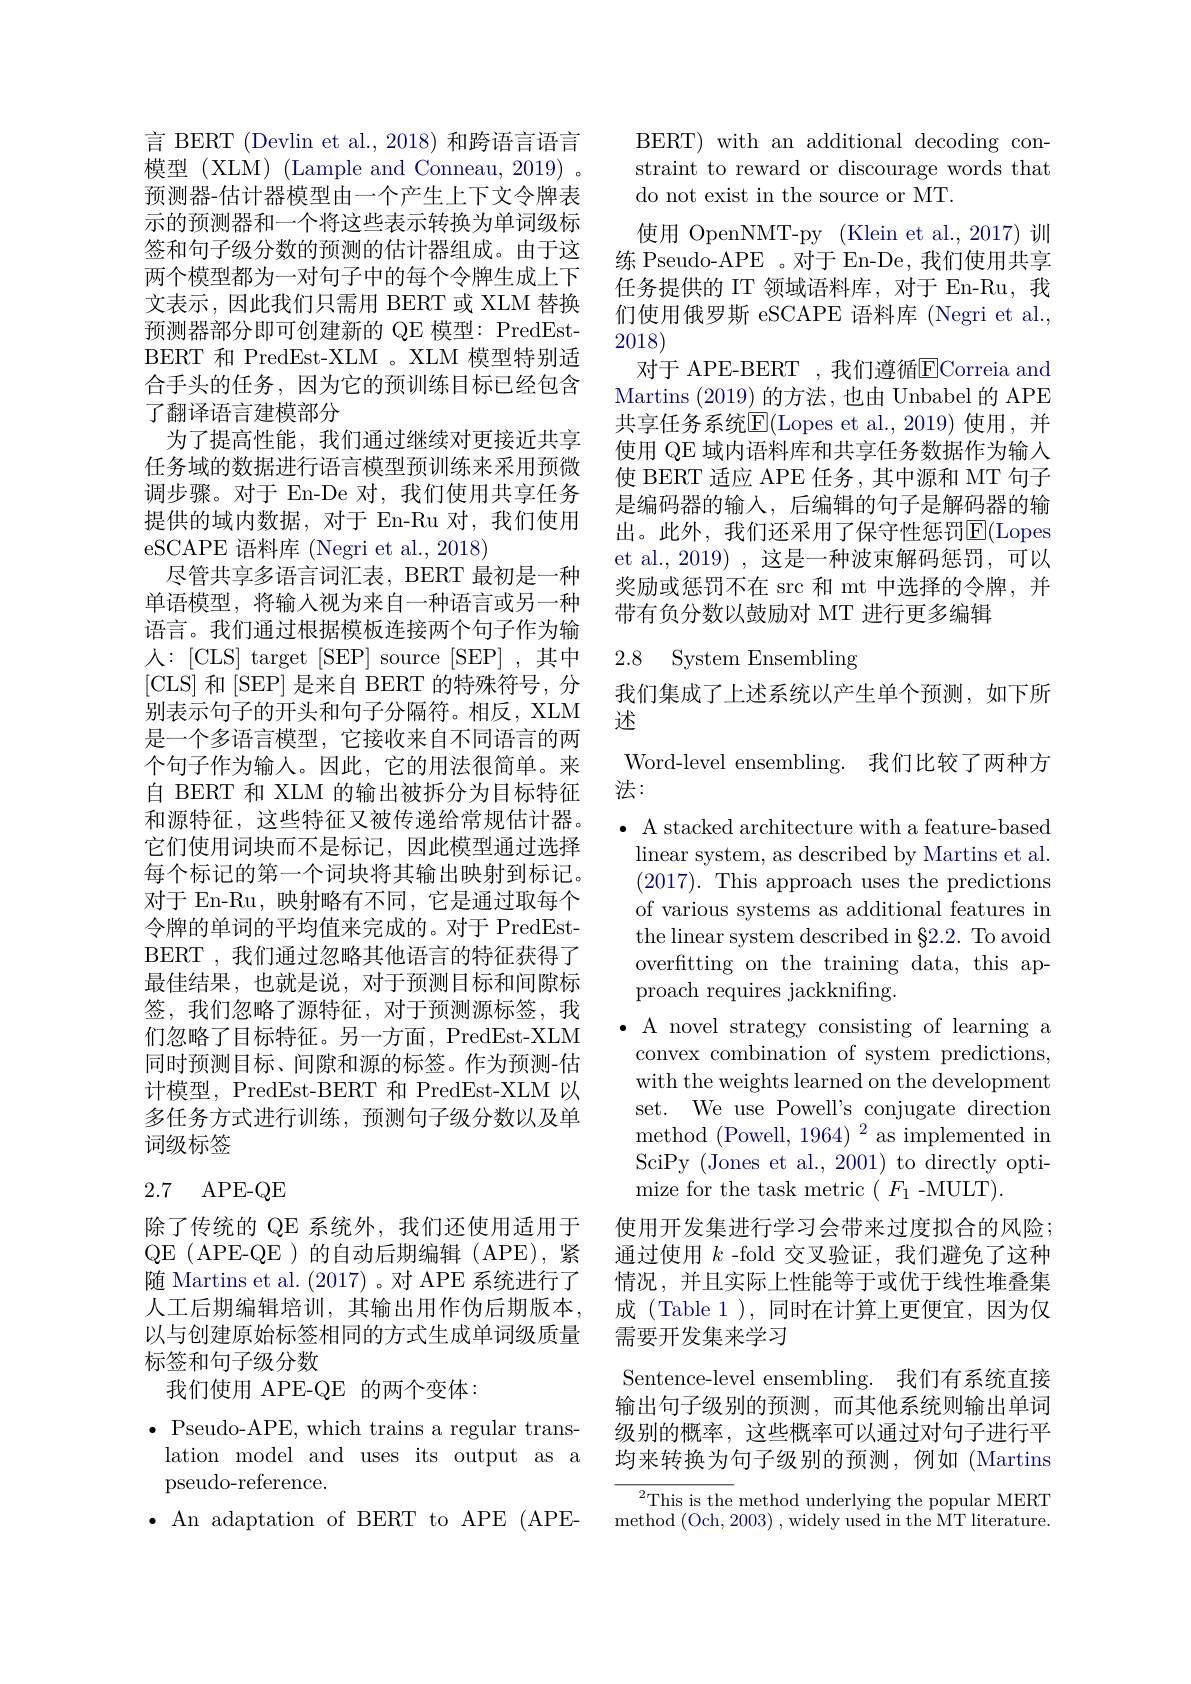
言 BERT (Devlin et al., 2018) 和跨语言语言模型(XLM)(Lample and Conneau, 2019)。预测器-估计器模型由一个产生上下文令牌表示的预测器和一个将这些表示转换为单词级标签和句子级分数的预测的估计器组成。由于这两个模型都为一对句子中的每个令牌生成上下文表示，因此我们只需用 BERT 或 XLM 替换预测器部分即可创建新的 QE 模型：PredEstBERT 和 PredEst-XLM 。XLM 模型特别适合手头的任务，因为它的预训练目标已经包含了翻译语言建模部分
为了提高性能，我们通过继续对更接近共享任务域的数据进行语言模型预训练来采用预微调步骤。对于 En-De 对，我们使用共享任务提供的域内数据，对于 En-Ru 对，我们使用eSCAPE 语料库 (Negri et al., 2018)
尽管共享多语言词汇表，BERT 最初是一种单语模型，将输入视为来自一种语言或另一种语言。我们通过根据模板连接两个句子作为输人：[CLS] target[SEP] source[SEP] ,其中[CLS] 和[SEP] 是来自 BERT 的特殊符号，分别表示句子的开头和句子分隔符。相反，XLM 是一个多语言模型，它接收来自不同语言的两个句子作为输入。因此，它的用法很简单。来自 BERT 和 XLM 的输出被拆分为目标特征和源特征，这些特征又被传递给常规估计器。它们使用词块而不是标记，因此模型通过选择每个标记的第一个词块将其输出映射到标记。对于 En-Ru, 映射略有不同，它是通过取每个令牌的单词的平均值来完成的。对于 PredEstBERT , 我们通过忽略其他语言的特征获得了最佳结果，也就是说，对于预测目标和间隙标签，我们忽略了源特征，对于预测源标签，我们忽略了目标特征。另一方面，PredEst-XLM 同时预测目标、间隙和源的标签。作为预测-估计模型，PredEst-BERT 和 PredEst-XLM 以多任务方式进行训练，预测句子级分数以及单词级标签

# 2.7 APE-QE

除了传统的 QE 系统外，我们还使用适用于QE (APE-QE )的自动后期编辑(APE),紧随 Martins et al. (2017) 。对 APE 系统进行了人工后期编辑培训，其输出用作伪后期版本， 以与创建原始标签相同的方式生成单词级质量标签和句子级分数

我们使用 APE-QE 的两个变体：
$\bullet$ Pseudo-APE, which trains a regular translation model and uses its output as a pseudo-reference.
$\bullet$ An adaptation of BERT to APE (APE-

BERT) with an additional decoding constraint to reward or discourage words that do not exist in the source or MT.

们使用俄罗斯 eSCAPE 语料库 (Negri et al.,
2018)

使用 OpenNMT-py (Klein et al.,2017)训练 Pseudo-APE 。对于 En-De, 我们使用共享任务提供的 IT 领域语料库，对于 En-Ru, 我对于 APE-BERT , 我们遵循$\overline{\mathrm{ECorreia~and}}$
Martins (2019)的方法，也由 Unbabel 的 APE 共享任务系统E$l($Lopes et al.,2019) 使用，并使用 QE 域内语料库和共享任务数据作为输入使 BERT 适应 APE 任务 , 其中源和 MT 句子是编码器的输入，后编辑的句子是解码器的输出。此外，我们还采用了保守性惩罚$\overline{\mathrm{E}}($Lopes et al., 2019) , 这是一种波束解码惩罚，可以奖励或惩罚不在 src 和 mt 中选择的令牌，并带有负分数以鼓励对 MT 进行更多编辑

## 2.8 System Ensembling

我们集成了上述系统以产生单个预测，如下所
述

Word-level ensembling. 我们比较了两种方
法：

$\bullet$ A stacked architecture with a feature-based linear system, as described by Martins et al. (2017). This approach uses the predictions of various systems as additional features in the linear system described in $\S2.2.$ To avoid overfitting on the training data, this approach requires jackknifing.
$\bullet$ A novel strategy consisting of learning a convex combination of system predictions, with the weights learned on the development set. We use Powell's conjugate direction method (Powell, $1964)^2$ as implemented in SciPy (Jones et al., 2001) to directly optimize for the task metric $(F_{1}$-MULT).
使用开发集进行学习会带来过度拟合的风险； 通过使用$k$ -fold 交叉验证，我们避免了这种情况，并且实际上性能等于或优于线性堆叠集成 (Table 1 ), 同时在计算上更便宜，因为仅需要开发集来学习
Sentence-level ensembling. 我们有系统直接输出句子级别的预测，而其他系统则输出单词级别的概率，这些概率可以通过对句子进行平均来转换为句子级别的预测，例如(Martins ${\overline{{^2}\text{This is the}}}$method underlying the popular MERT

method (Och, 2003) , widely used in the MT literature.